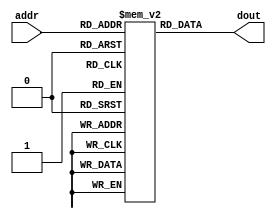
module im(
input	[8:2]	addr,
output	[31:0]	dout
);

	reg	[31:0]	ROM[127:0];
	assign dout = ROM[addr];		// word aligned
	
endmodule